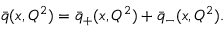
\bar { q } ( x , Q ^ { 2 } ) = \bar { q } _ { + } ( x , Q ^ { 2 } ) + \bar { q } _ { - } ( x , Q ^ { 2 } ) \/ .